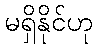
မရှိနိုင်ဟု